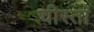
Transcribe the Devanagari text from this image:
चीस्तां